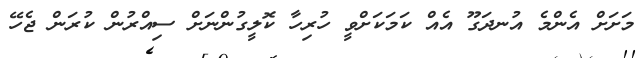
މަށަށް އެންމެ އުނދަގޫ އެއް ކަމަކަށްވީ ހުރިހާ ކޮލީގުންނަށް ސިއްރުން ކުރަން ޖެހޭ